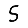
Digit: 5